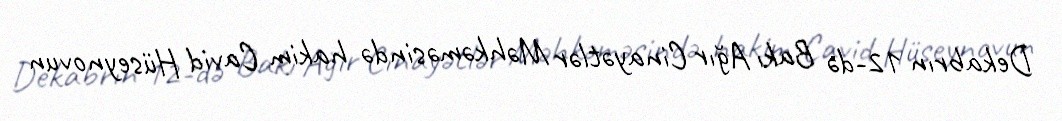
Dekabrın 12-də Bakı Ağır Cinayətlər Məhkəməsində hakim Cavid Hüseynovun